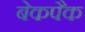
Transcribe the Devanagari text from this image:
बेकपैक